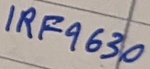
Text: IRF9630